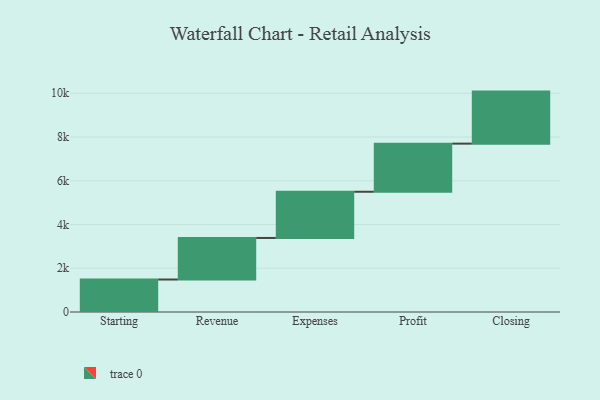
{"axis": {"x": "Step", "y": "Value"}, "legend": [""], "data": [{"x": "Starting", "y": 1485.0, "type": ""}, {"x": "Revenue", "y": 1900.0, "type": ""}, {"x": "Expenses", "y": 2113.0, "type": ""}, {"x": "Profit", "y": 2200.0, "type": ""}, {"x": "Closing", "y": 2379.0, "type": ""}]}